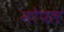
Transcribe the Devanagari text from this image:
नोपल